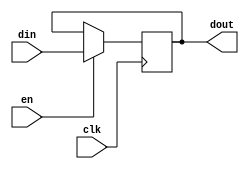
module ADdff8(clk,en,din,dout);
input clk,en;
input [7:0]din;
output reg[7:0]dout;
always @(posedge clk)
dout=(en==1'd1)?din:dout;
endmodule